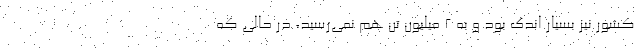
کشور نیز بسیار اندک بود و به ۲ میلیون تن هم نمی‌رسید، در حالی ‌که